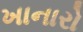
ખાનારો